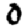
Digit: 0